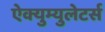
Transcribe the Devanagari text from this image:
ऐक्युम्युलेटर्स